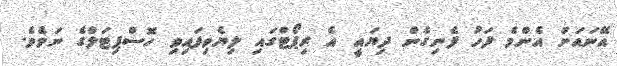
އޭނައަށް އެންމެ ފަހު ފެނިގެން ދިޔައީ އެ ރިޕޯޓްގައި ލިޔެވިފައިވި ހޮސްޕިޓަލްގެ ނަމެވެ.